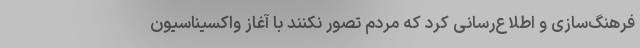
فرهنگ‌سازی و اطلاع‌رسانی کرد که مردم تصور نکنند با آغاز واکسیناسیون